Calcutta medical institutions reports 1871-78
Year: 1871
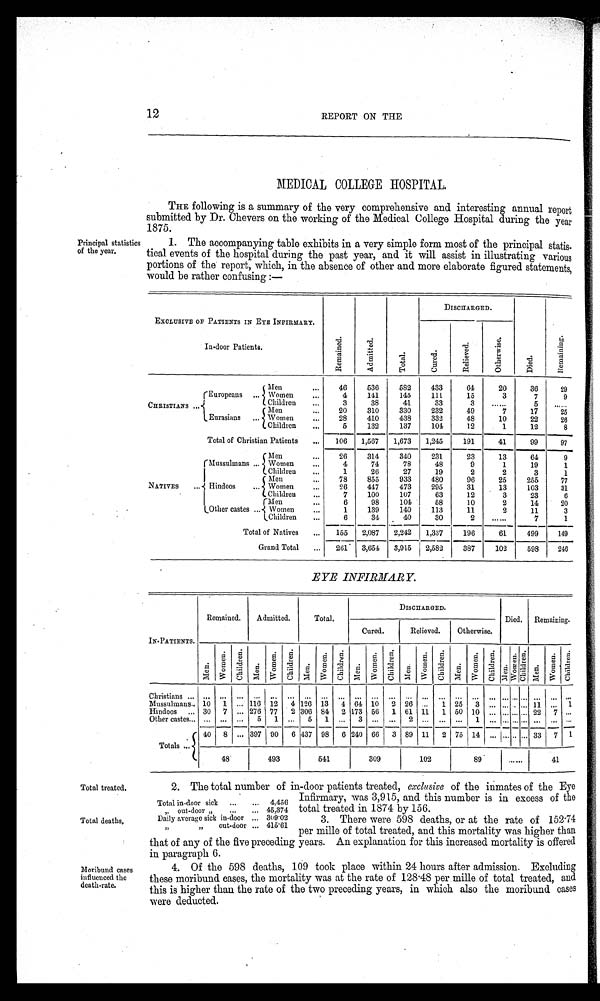
12
REPORT ON THE
Principal statistic:
of the year.
MEDICAL COLLEGE HOSPITAL.
THE following is a summary of the very comprehensive and interesting annual report
submitted by Dr. Chevers on the working of the Medical College Hospital during the year
1875.
1. The accompanying table exhibits in a very simple form most of the principal statis-
tical events of the hospital during the past year, and it will assist in illustrating various
portions of the report, which, in the absence of other and more elaborate figured statements,
would be rather confusing :—
Total treated.
Total deaths.
EXCLUSIVE OF PATIENTS IN EYE INFIRMARY.
DISCHARGED.
, ci
c. )
o
8
4"
ed a
•. -•
.,..
.' "
- - t ' o
r'
, . . . :
.
—
g
-u .
' a.
: - _. )
q:i a
4
' 13
: -.
0
.1. i -
Co a
— v.
' F' t
8
In-door Patients.
Men
...
46
536
5S2
433
61
20
36
29
(-Europeans ... Women
...
4
141
145
111
15
3
7
9
Children ...
3
38
41
33
5 Ob....
CHRISTIANS . . . 1
Men
20
310
330
232
49
7
17
25
(Eurasians
...
... Women
...
28
410
438
332
48
10
22
26
Children ..,
5
132
137
101
12
1
12
8
Total of Christian Patients ... 106 1,567 1,673 1,245
191
41
99
---.
97
Men
...
26
311
340
231
23
13
61
9
(Mussulmans ... Women
...
4
74
78
48
9
1
19
1
Children ...
1
26
27
19
2
2
3
1
I
Men
...
78
855
933
480
96
25
255
77
NATIVES ...• HilldOOS .., Women
...
26
417
473
295
31
13
103
31
Children ...
7
100
107
63
12
3
23
6
(Men
...
6
98
101
58
10
2
14
20
LOther castes ... Women
...
1
139
140
113
11
2
11
3
(Children ...
6
--
34
40
--
30
--
2
--
—
7 —
1 _
Total of Natives ... 155 2,087 2,242 1,337
196
6
499
149
Grand Total ... 261 • 3,651 3,915 2,582
•
387
102
598
246
EYE INFIRMARY
INPATIENTS.
Remained. Admitted.
Total.
DISCHARGED.
Died. Remaining.
Cured. i Relieved. Otherwise.
4 . .
4 a
. a
0
4 2
. - -. =
t3
4 w
14
4
0
. - U
-
I'
, -'
4
0
,--
F?:
''
• -
f
-
.
; . 7. ;
-: a; P
0
. ,
, -9.
. . -4
E. 3 ....
' J
. F.
o
-. -
fY, '
• -
' -
c. -
, - - 7
7,
r
.
r
g
s ;1
' ":
. , - , •
6
-
F;
, - - : - :
E. .
4
o
-; : ,6
ET
,i — e
'-'
4
E5
, - )
; 1
5
Christians .. . . ... ... .• ... . . ..• . . . .
.
Mussulmans.. 10 1 ... 110 12 . 4 126 13 -4 64 10 -2 26 .:: -1. 2 -5 . -3 ::: .- ... • . : • . 1 -1. ::: .i.
Hindoos ... 30 7 ... 276 77 2 306 84 2 173 56 1 61 11 1 50 10 ... ... ... ... 22 7 •. •
Totals ...
40
... 397 90 6 437 98 6 240 66 3 89 11 2 75 11 .., ..... ... 33 7 1
48'
493
541
309
102
89 .
......
41
2_ The total number of in-door patients treated, exclusive of the inmates of the Eye
Infirmary, was 3,915, and this number is in excess of the
total treated in 1874 by 156.
3. There were 598 deaths, or at the rate of 152.74
per mile of total treated, and this mortality was higher than
Total indoor sick ... ... 4,456
„ out-door „ ... ... 45,371
Daily average sick in-door ... 309'02
1,
32 out-door ... 415'61
Moribund cases
influenced the
death rate.
that of any of the five preceding years. An explanation for tins increased mortality is otterea
in paragraph 6.
4. Of the 598 deaths, 109 took place within 24 hours after admission. Excluding
these moribund cases, the mortality was at the rate of 128 .48 per mine of total treated, and
this is higher than the rate of the two preceding years, in which also the moribund cases
were deducted.